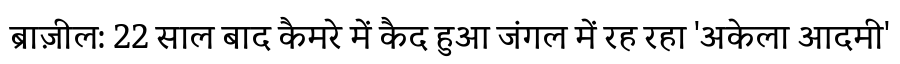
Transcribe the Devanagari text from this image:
ब्राज़ील: 22 साल बाद कैमरे में कैद हुआ जंगल में रह रहा 'अकेला आदमी'